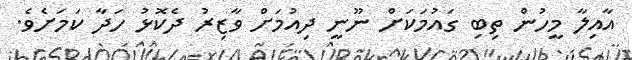
އާއިލާ މީހުން ތިބި ގައުމަކަށް ނޫނީ ދިއުމަށް ވާޒިރު ދެކޮޅު ހަދާ ކަމަށެވެ.